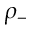
\rho _ { - }